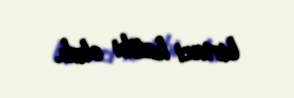
birinci katibi olub.